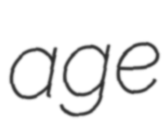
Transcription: age